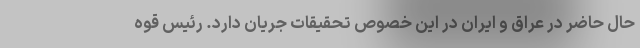
حال حاضر در عراق و ایران در این خصوص تحقیقات جریان دارد. رئیس قوه